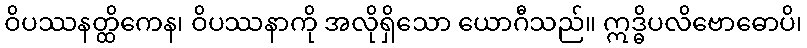
ဝိပဿနတ္ထိကေန၊ ဝိပဿနာကို အလိုရှိသော ယောဂီသည်။ ဣဒ္ဓိပလိဗောဓောပိ၊